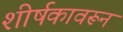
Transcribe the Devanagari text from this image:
शीर्षकावरून